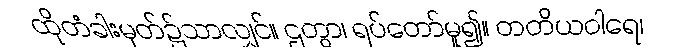
ထိုတံခါးမုတ်၌သာလျှင်။ ဌတွာ၊ ရပ်တော်မူ၍။ တတိယဝါရေ၊